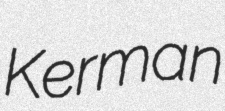
Kerman